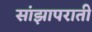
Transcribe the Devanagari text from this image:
सांझापराती